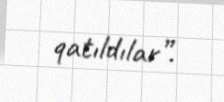
qatıldılar”.